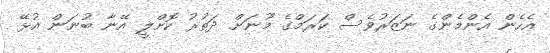
އެހެން އެންމެންގެ ނަޒަރުވެސް ކަރަމްގެ މޫނަށް ދަތުރު ކޮށްލީ އޭނާ ބުނަން އުޅޭ